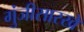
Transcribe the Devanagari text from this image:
गुंजीसारखे